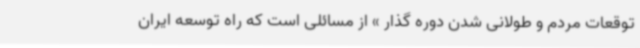
توقعات مردم و طولانی شدن دوره گذار » از مسائلی است که راه توسعه ایران